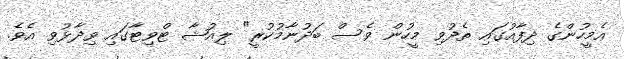
އެމީހުންގެ ދިފާއުގައި ތެދުވި މީހުން ވެސް ބަދުނާމުކުރީ" ލިއުޝާ ޓްވިޓާގައި ވިދާޅުވި އެވެ.